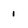
Character: 1